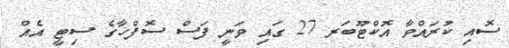
ސޮއި ކުރައްވާ އޮކްޓޫބަރ 27 ގައި ވަނީ ފަސް ސޮފްހާގެ ސިޓީ އެއް